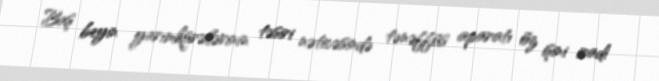
Baş beyin yarımkürələrinin təsiri nəticəsində tənəffüs aparatı öz işini iradi